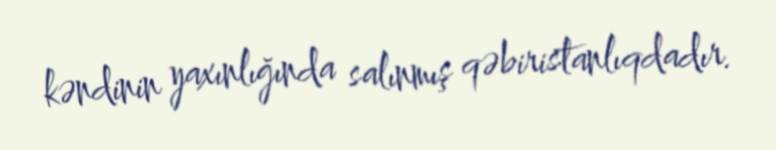
kəndinin yaxınlığında salınmış qəbiristanlıqdadır.